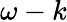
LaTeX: \omega-k